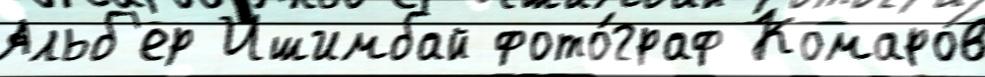
Альб'ер Ишимбай фото́граф Комаро́в